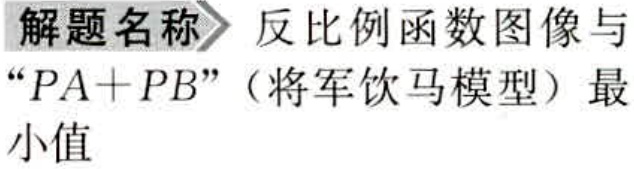
解题名称 反比例函数图像与“$PA + PB$”（将军饮马模型）最小值